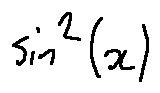
\sin ^ { 2 } ( x )